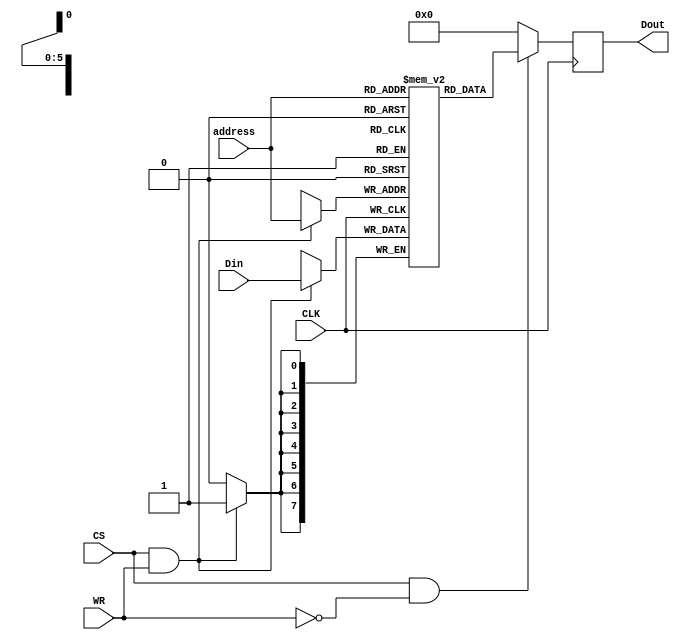
module RAM_64x8 (CS, WR, CLK, address, Din, Dout);

	input CS;
	input WR; 
	input CLK;
	input [5:0] address; 
	input [7:0] Din;
	output reg[7:0] Dout;


	reg [7:0] memArray [63:0];
	reg [7:0] memOut;
	
	
	always @(posedge CLK) 
		begin
			if(CS && WR)
			memArray[address] = Din;
		end
	
	always @(posedge CLK)
		begin
			memOut = memArray[address];
			
			Dout = (CS && ~WR) ? memOut:8'b0;
		end

	//always	

endmodule